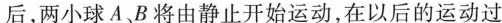
后，两小球A B将由静止开始运动，在以后的运动过